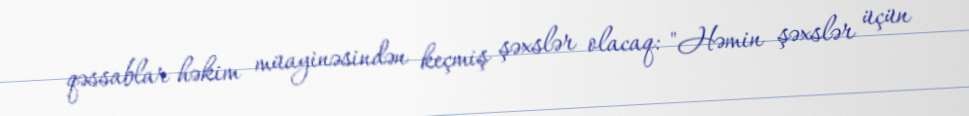
qəssablar həkim müayinəsindən keçmiş şəxslər olacaq: "Həmin şəxslər üçün